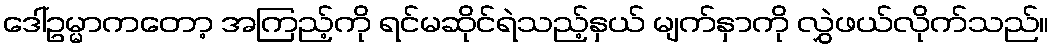
ဒေါ်ဥမ္မာကတော့ အကြည့်ကို ရင်မဆိုင်ရဲသည့်နှယ် မျက်နှာကို လွှဲဖယ်လိုက်သည်။